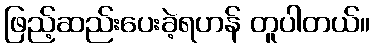
ဖြည့်ဆည်းပေးခဲ့ရဟန် တူပါတယ်။